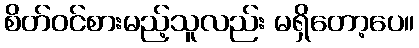
စိတ်ဝင်စားမည့်သူလည်း မရှိတော့ပေ။